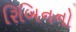
રિબિનનો